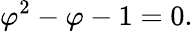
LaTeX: {\varphi}^{2}-\varphi-1=0.